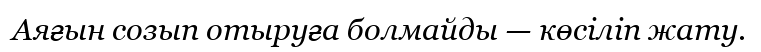
Аяғын созып отыруға болмайды — көсіліп жату.